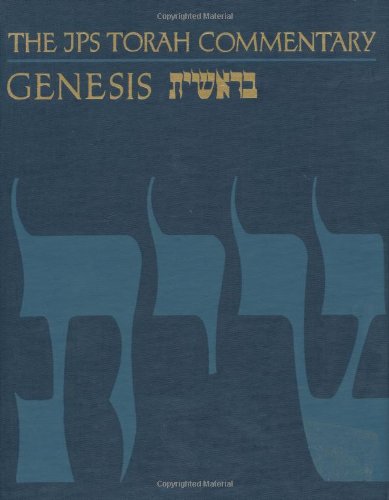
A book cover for JPS Torah Commentary: Genesis; Dr. Nahum M. Sarna; Religion & Spirituality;